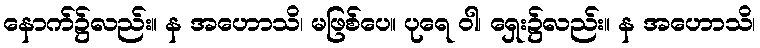
နောက်၌လည်း။ န အဟောသိ၊ မဖြစ်ပေ။ ပုရေ ဝါ၊ ရှေး၌လည်း။ န အဟောသိ၊